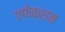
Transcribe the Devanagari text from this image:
एफेक्शन